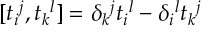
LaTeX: [ t _ { i } { } ^ { j } , t _ { k } { } ^ { l } ] = \delta _ { k } { } ^ { j } t _ { i } { } ^ { l } - \delta _ { i } { } ^ { l } t _ { k } { } ^ { j }